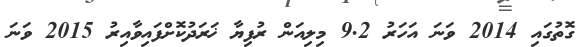
ގޮތުގައި 2014 ވަނަ އަހަރު 9.2 މިލިއަން ރުފިޔާ ޚަރަދުކޮށްފައިވާއިރު 2015 ވަނަ